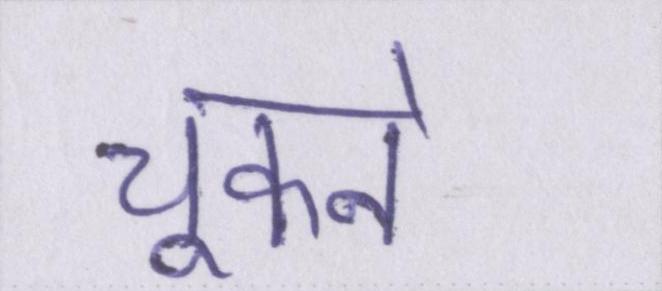
चूकने